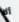
ألا